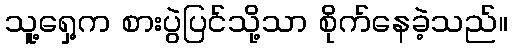
သူ့ရှေ့က စားပွဲပြင်သို့သာ စိုက်နေခဲ့သည်။